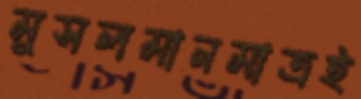
মুসলমানমাত্রই